Report of the Indian Hemp Drugs Commission, 1894-1895 - Volume VI
Year: 1894
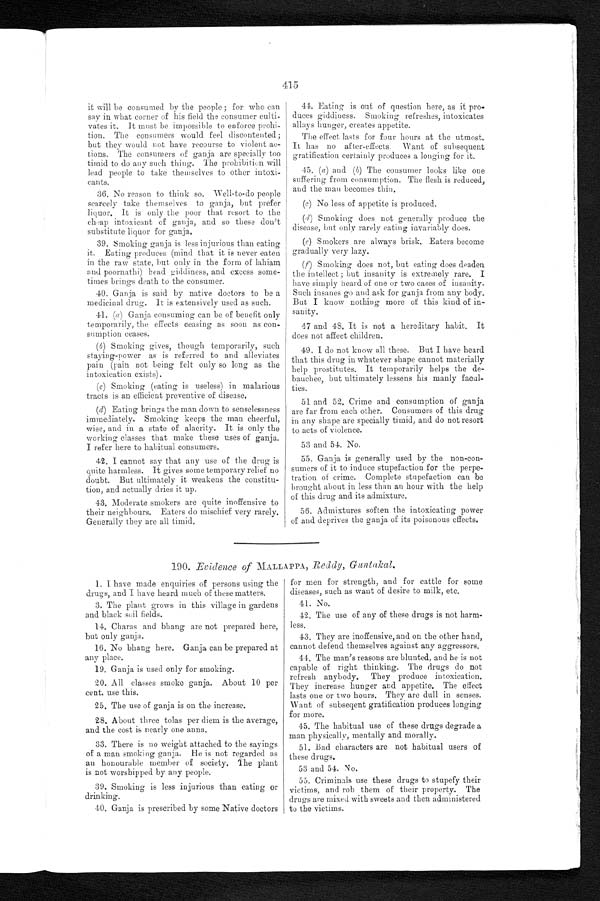
415
it will be consumed by the people ; for who can
say in what corner of his field the consumer culti
-vates it. It must be impossible to enforce prohi
-tion. The consumers would feel discontented;
but they would not have recourse to violent ac
-tions. The consumers of ganja are specially too
titnid to do any such thing. The prohibition will
lead people to take themselves to other intoxi
-cants.
36. No reason to think so. Well-to-do people
scarcely take themselves to ganja, but prefer
liquor. It is only the poor that resort to the
c heap intoxicant of ganja, and so these don't
substitute liquor for ganja.
39. Smoking ganja is less injurious than eating
it. Eating produces (mind that it is never eaten
in the raw state, but only in the form of lahiam
and poornathi) head giddiness, and excess some
- t i m e s b r i n g s d e a t h t o t h e c o n s u m e r .
40. Ganja is said by native doctors to be a
medicinal drug. It is extensively used as such.
41. (a) Ganja consuming can be of benefit only
temporarily, the effects ceasing as soon as con
-sumption ceases.
(b) Smoking gives, though temporarily, such
staying-power as is referred to and alleviates
pain (pain not being felt only so long as the
intoxication exists).
(c) Smoking (eating is useless) in malarious
tracts is an efficient preventive of disease.
(d) Eating brings the man down to senselessness
immediately. Smoking keeps the man cheerful,
wise, and in a state of alacrity. It is only the
working classes that make these uses of ganja.
I refer here to habitual consumers.
42. I cannot say that any use of the drug is
quite harmless. It gives some temporary relief no
doubt. But ultimately it weakens the constitu-
tion, and actually dries it up.
43. Moderate smokers are quite inoffensive to
their neighbours. Eaters do mischief very rarely.
Generally they are all timid.
44. Eating is out of question here, as it pro-
-duces giddness. Smoking refreshes, intoxicates
allays hunger, creates appetite.
The effect lasts for four hours at the utmost.
It has no after-effects. Want of subsequent
gratification certainly produces a longing for it.
45. (a) and (b) The consumer looks like one
suffering from consumption. The flesh is reduced,
and the man becomes thin.
(c) No loss of appetite is produced.
(d) Smoking does not generally produce the
disease, but only rarely eating invariably does.
(e) Smokers are always brisk. Eaters become
gradually very lazy.
(f) Smoking does not, but eating does deaden
the intellect; but insanity is extremely rare. I
have simply heard of one or two cases of insanity.
Such insanes go and ask for ganja from any body.
But I know nothing more of this kind of in
- s a n i t y .
47 and 48. It is not a hereditary habit. It
does not affect children.
49. I do not know all these. But I have heard
that this drug in whatever shape cannot materially
help prostitutes. It temporarily helps the de
-bauchee, but ultimately lessens his manly facul
-ties.
51 and 52. Crime and consumption of ganja
are far from each other. Consumers of this drug
in any shape are specially timid, and do not resort
to acts of violence.
53 and 54. No.
55. Ganja is generally used by the non-con
-sumers of it to induce stupefaction for the perpe
- t r a t i o n o f c r i m e . C o m p l e t e s t u p e f a c t i o n c a n b e
brought about in less than an hour with the help
of this drug and its admixture.
56. Admixtures soften the intoxicating power
of and deprives the ganja of its poisonous effects.
190. Evidence of MALLAPPA, Reddy, Guntakal.
1. I have made enquiries of persons using the
drugs, and I have heard much of these matters.
3. The plant grows in this village in gardens
and black soil fields.
14. Charas and bhang are not prepared here,
but only ganja.
16. No bhang here. Ganja can be prepared at
any place.
19. Ganja is used only for smoking.
20. All classes smoke ganja. About 10 per
cent, use this.
25. The use of ganja is on the increase.
28. About three tolas per diem is the average,
and the cost is nearly one anna.
33. There is no weight attached to the sayings
of a man smoking ganja. He is not regarded. as
au honourable member of society. The plant
is not worshipped by any people.
39. Smoking is less injurious than eating or
drinking.
40. Ganja is prescribed by some Native doctors
for men for strength, and for cattle for some
diseases, such as want of desire to milk, etc.
41. No.
42. The use of any of these drugs is not harm
-less.
43. They are inoffensive, and on the other hand,
cannot defend themselves against any aggressors.
44. The man's reasons are blunted, and he is not
capable of right thinking. The drugs do not
refresh anybody. They produce intoxication.
They increase hunger and appetite. The effect
lasts one or two hours. They are dull in senses.
Want of subseqent gratification produces longing
for more.
45. The habitual use of these drugs degrade a
man physically, mentally and morally.
51. Bad characters are not habitual users of
these drugs.
53 and 54. No.
55. Criminals use these drugs to stupefy their
victims, and rob them of their property. The
drugs are mixed with sweets and then administered
to the victims.